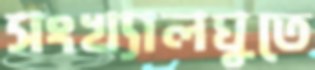
সংখ্যালঘুতে